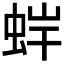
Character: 𧊩